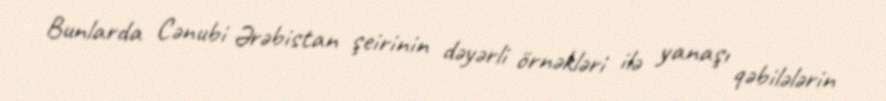
Bunlarda Cənubi Ərəbistan şeirinin dəyərli örnəkləri ilə yanaşı qəbilələrin